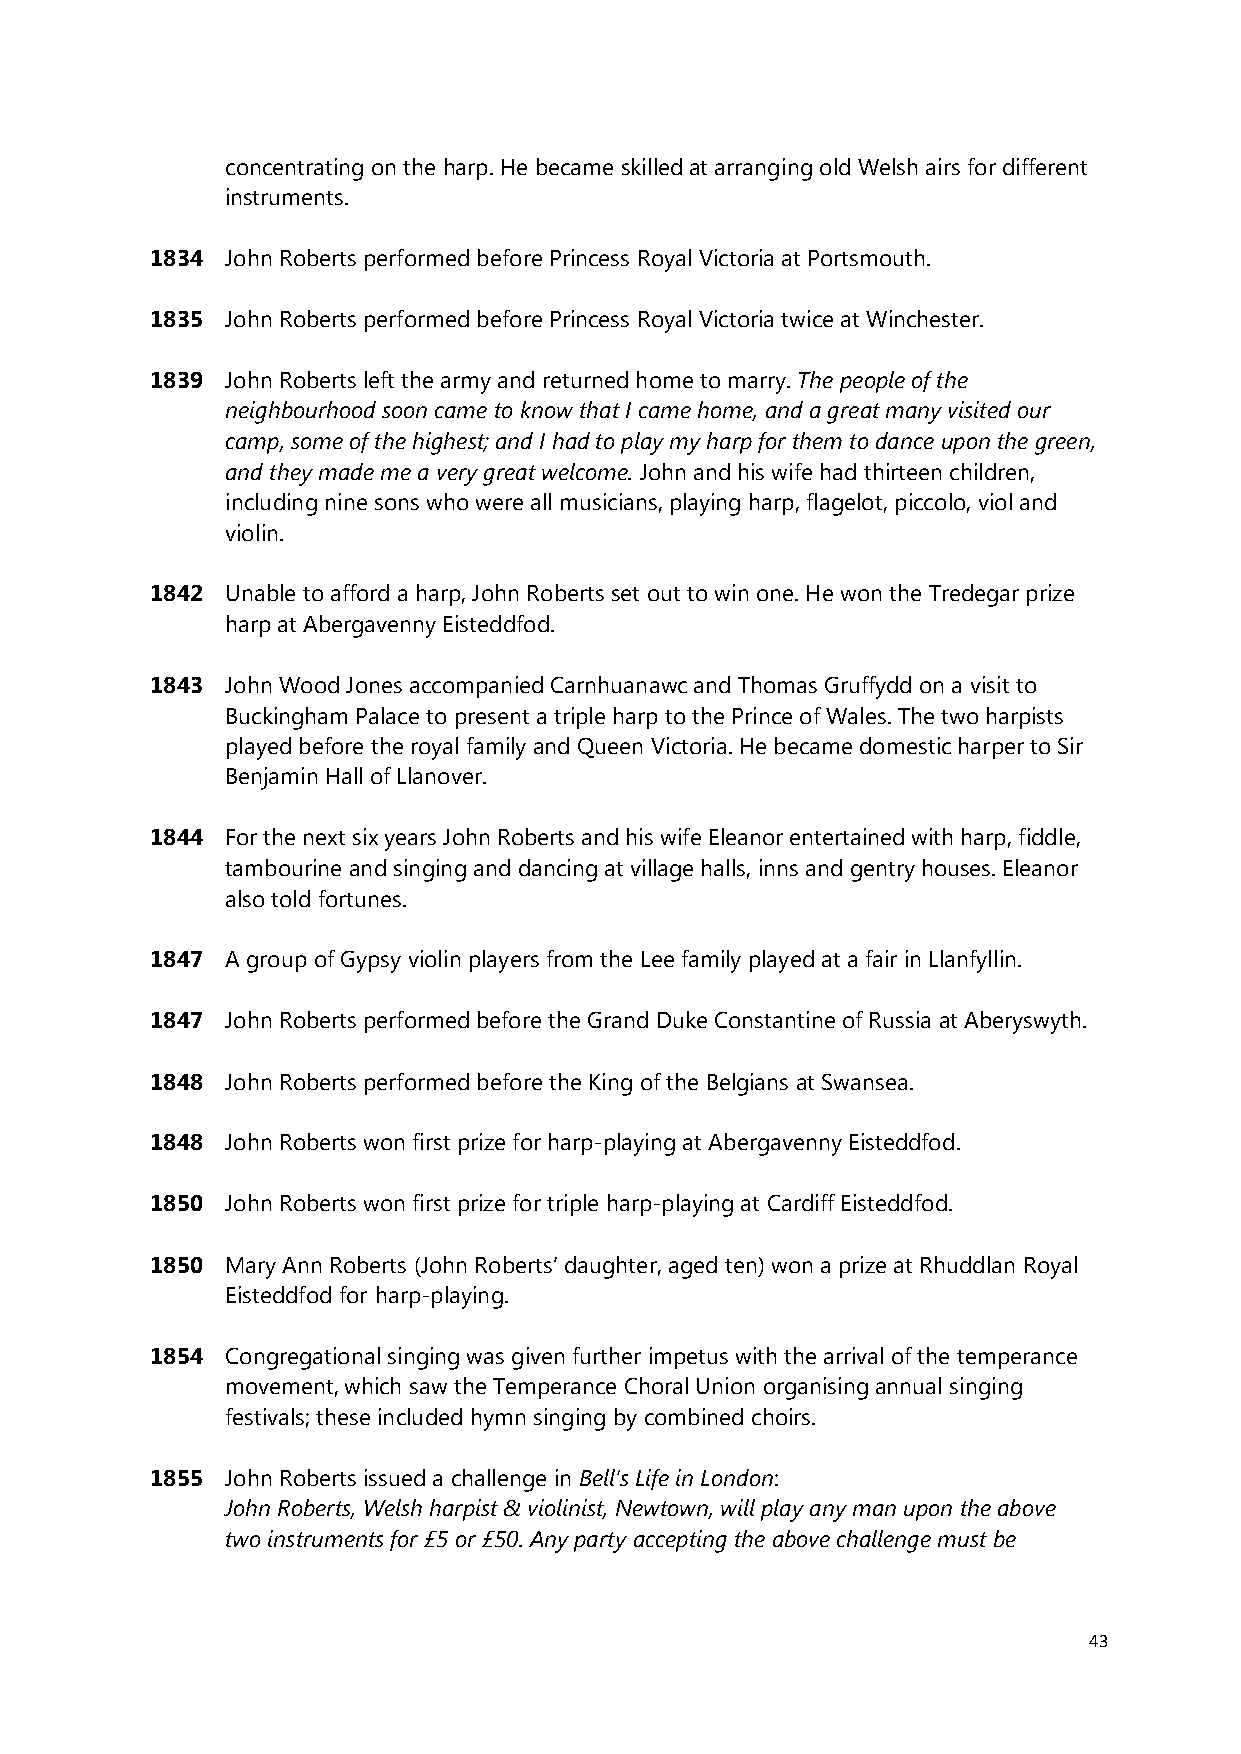
concentrating on the harp. He became skilled at arranging old Welsh airs for different
 instruments.
 1834 John Roberts performed before Princess Royal Victoria at Portsmouth.
 1835 John Roberts performed before Princess Royal Victoria twice at Winchester.
 1839 John Roberts left the army and returned home to marry. The people of the
 neighbourhood soon came to know that I came home, and a great many visited our
 camp, some of the highest; and I had to play my harp for them to dance upon the green,
 and they made me a very great welcome. John and his wife had thirteen children,
 including nine sons who were all musicians, playing harp, flagelot, piccolo, viol and
 violin.
 1842 Unable to afford a harp, John Roberts set out to win one. He won the Tredegar prize
 harp at Abergavenny Eisteddfod.
 1843 John Wood Jones accompanied Carnhuanawc and Thomas Gruffydd on a visit to
 Buckingham Palace to present a triple harp to the Prince of Wales. The two harpists
 played before the royal family and Queen Victoria. He became domestic harper to Sir
 Benjamin Hall of Llanover.
 1844 For the next six years John Roberts and his wife Eleanor entertained with harp, fiddle,
 tambourine and singing and dancing at village halls, inns and gentry houses. Eleanor
 also told fortunes.
 1847 A group of Gypsy violin players from the Lee family played at a fair in Llanfyllin.
 1847 John Roberts performed before the Grand Duke Constantine of Russia at Aberyswyth.
 1848 John Roberts performed before the King of the Belgians at Swansea.
 1848 John Roberts won first prize for harp-playing at Abergavenny Eisteddfod.
 1850 John Roberts won first prize for triple harp-playing at Cardiff Eisteddfod.
 1850 Mary Ann Roberts (﴾John Roberts’ daughter, aged ten)﴿ won a prize at Rhuddlan Royal
 Eisteddfod for harp-playing.
 1854 Congregational singing was given further impetus with the arrival of the temperance
 movement, which saw the Temperance Choral Union organising annual singing
 festivals; these included hymn singing by combined choirs.
 1855 John Roberts issued a challenge in Bell’s Life in London:
 John Roberts, Welsh harpist & violinist, Newtown, will play any man upon the above
 two instruments for £5 or £50. Any party accepting the above challenge must be
 43